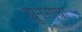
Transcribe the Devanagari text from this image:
ह्यूमसाचा